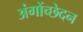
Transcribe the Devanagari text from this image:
अंगोंच्छेदन